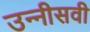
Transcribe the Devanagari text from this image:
उन्‍नीसवी